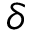
\delta